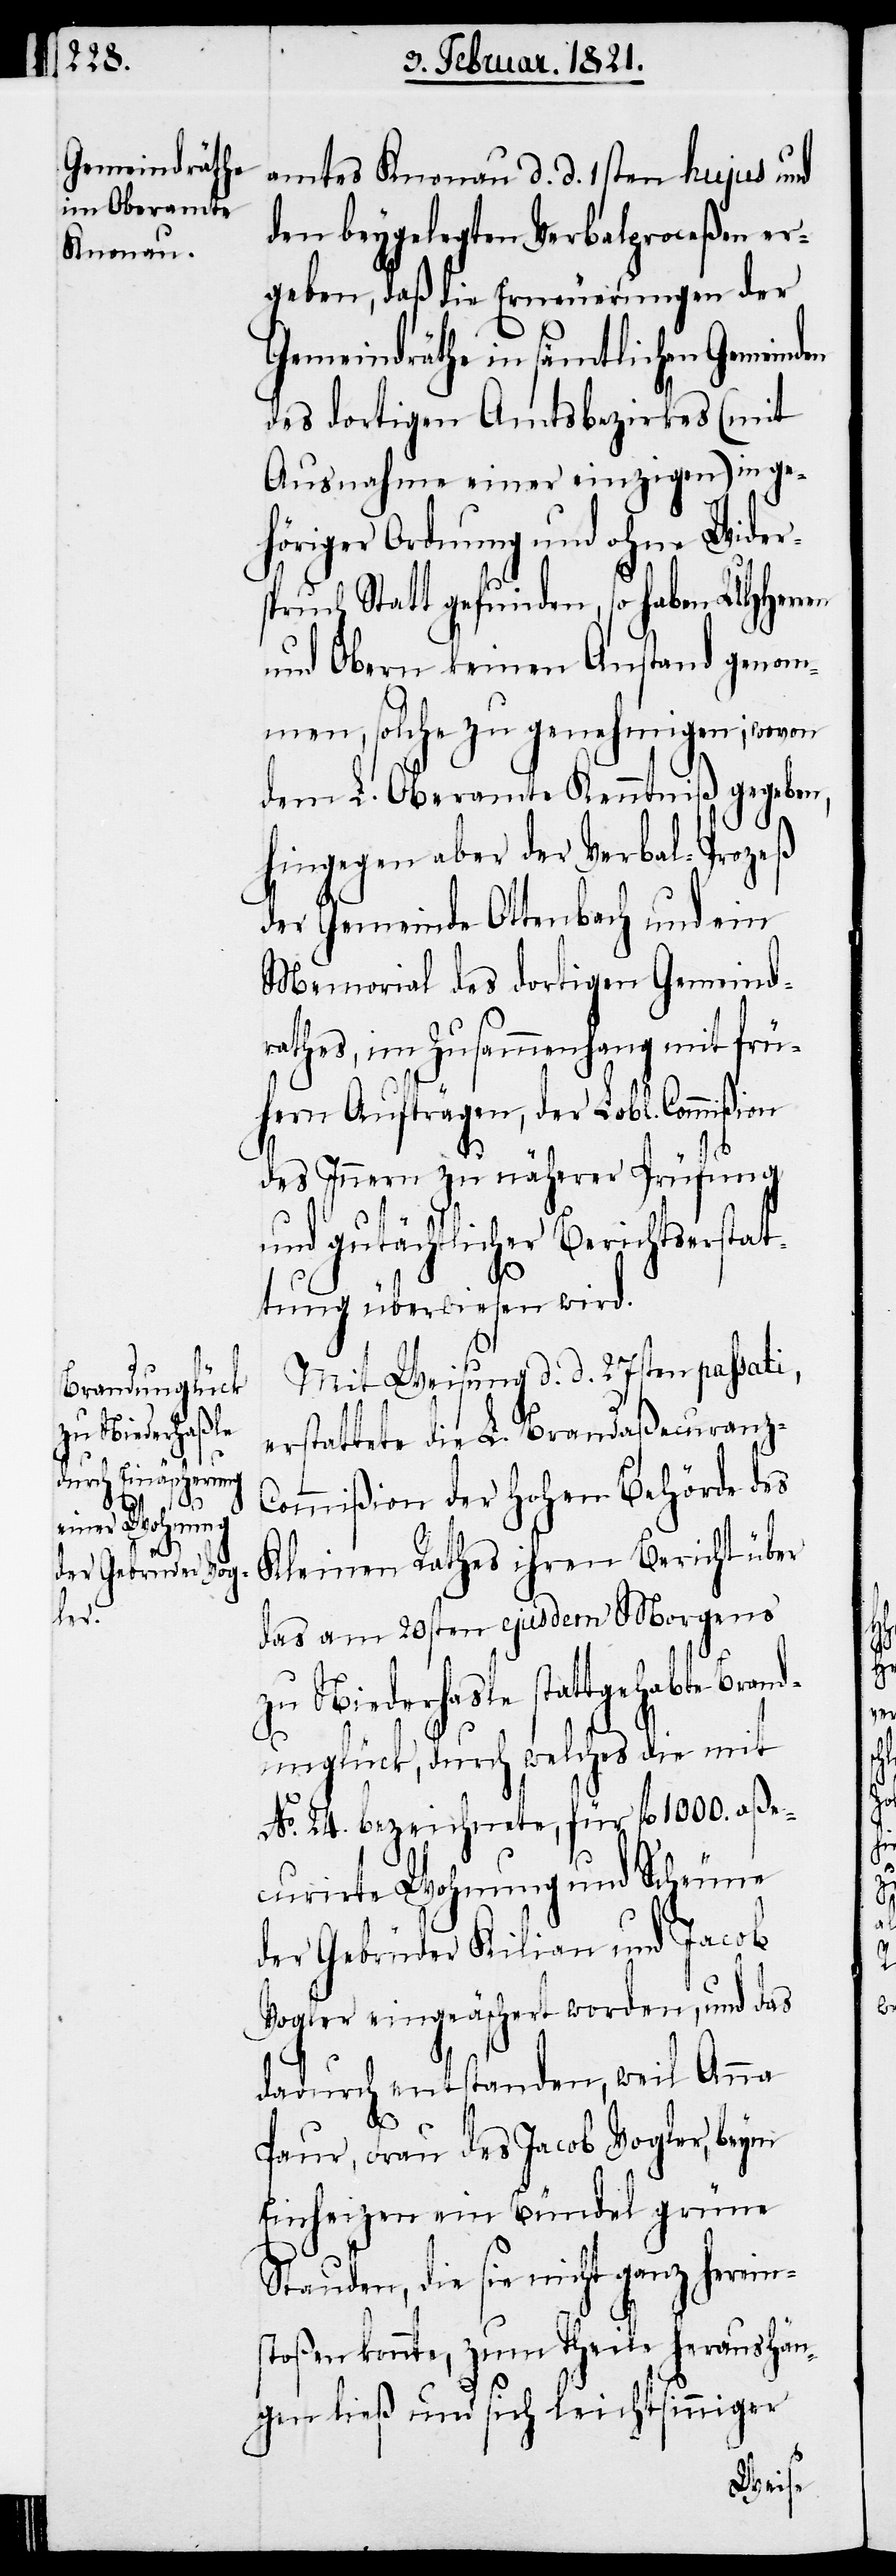
zu Niederhasl¬

amtes Knonau d. d. 1sten hujus und
den beygelegten Verbalproceßen er¬
geben, daß die Erneuerungen der
Gemeindräthe in sämtlichen Gemeinden
des dortigen Amtsbezirkes (mit
Ausnahme einer einzigen) in ge¬
höriger Ordnung und ohne Wider¬
spruch Statt gefundnen, so haben UHHerren
und Obern keinen Anstand genom¬
men, solche zu genehmigen; wovon
dem L. Oberamte Kenntniß gegeben,
hingegen aber der Verbal-Prozeß
der Gemeinde Ottenbach und ein
Memorial des dortigen Gemeind¬
rathes, im Zusammenhang mit frü¬
hern Aufträgen, der Lobl. Commißion
des Innern zu näherer Prüfung
und gutächtlicher Berichtserstat¬
tung überwiesen wird.
Mit Weisung d. d. 27sten passati,
erstattete die L. Brandaßecuranz-C¬
ommißion der hohen Behörde des
Kleinen Rathes ihren Bericht über
das am 20sten ejusdem Morgens
e [sic!] stattgehabte Brand¬
unglück, durch welches die mit
No. 24. bezeichnete, für fl. 1000. aße¬
curirte Wohnung und Scheune
der Gebrüder Kilian und Jacob
Vogler eingeäschert worden, und das
dadurch entstanden, weil Anna
Paur, Frau des Jacob Vogler, beym
Einheizen ein Bündel grüne
Stauden, die sie nicht ganz herein¬
stoßen konnte, zu Theile heraushän¬
gen ließ und sich leichtsinniger